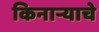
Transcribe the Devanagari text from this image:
किनाऱ्याचे